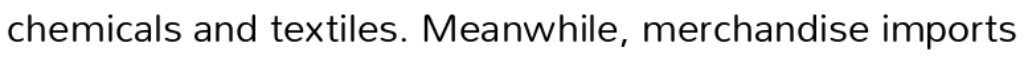
chemicals and textiles. Meanwhile, merchandise imports